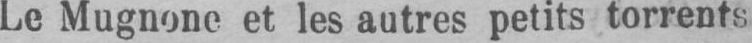
Le Mugnone et les autres petits torrents